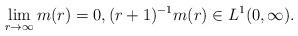
LaTeX: \begin{align*} \lim_{r\to \infty}m(r)=0,(r+1)^{-1}m(r)\in L^1(0,\infty).\end{align*}